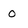
Character: 0